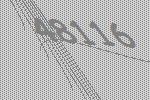
48116